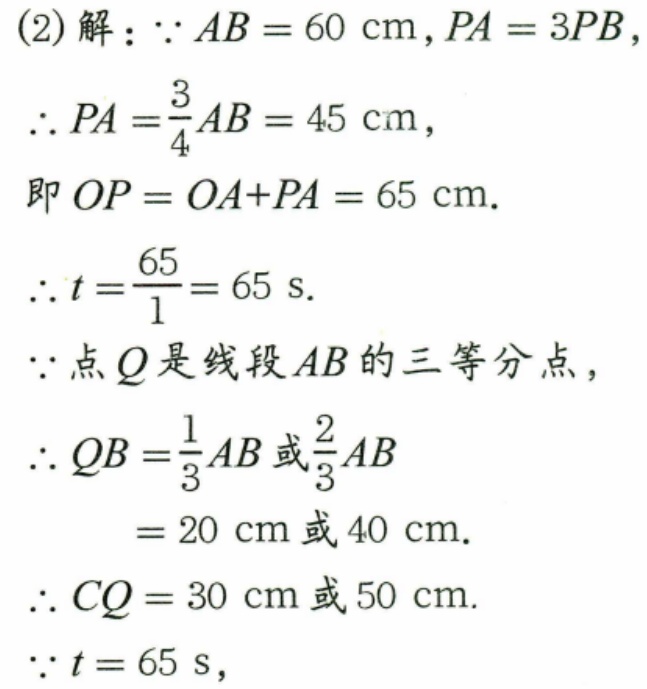
(2)解：\(\because AB = 60\mathrm{cm}\)，\(PA = 3PB\)，
\(\therefore PA=\frac{3}{4}AB = 45\mathrm{cm}\)，
即\(OP = OA + PA = 65\mathrm{cm}\).
\(\therefore t=\frac{65}{1}=65\mathrm{s}\).
\(\because\)点\(Q\)是线段\(AB\)的三等分点，
\(\therefore QB=\frac{1}{3}AB\)或\(\frac{2}{3}AB\)
\(= 20\mathrm{cm}\)或\(40\mathrm{cm}\).
\(\therefore CQ = 30\mathrm{cm}\)或\(50\mathrm{cm}\).
\(\because t = 65\mathrm{s}\)，